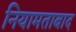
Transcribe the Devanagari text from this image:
नियामताबाद